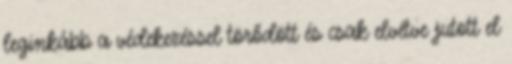
leginkább a védekezéssel törődött és csak elvétve jutott el